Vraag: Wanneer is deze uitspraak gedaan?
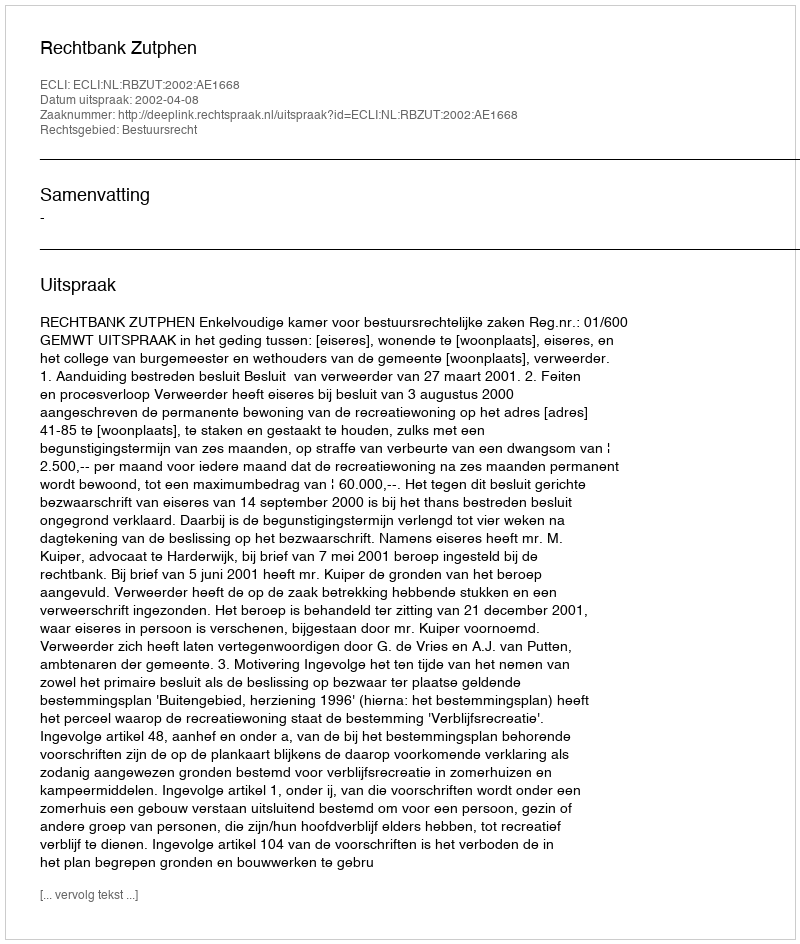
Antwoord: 2002-04-08